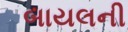
બાયલની